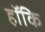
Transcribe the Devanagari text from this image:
हॉकि